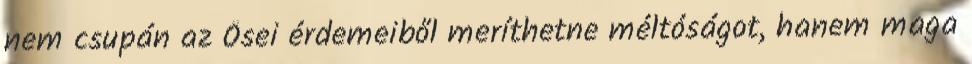
nem csupán az Ősei érdemeiből meríthetne méltóságot, hanem maga